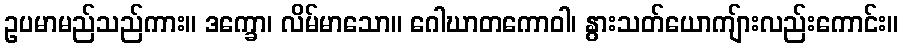
ဥပမာမည်သည်ကား။ ဒက္ခော၊ လိမ်မာသော။ ဂေါဃာတကောဝါ၊ နွားသတ်ယောကျ်ားလည်းကောင်း။